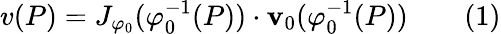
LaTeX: v(P)=J_{\varphi_{0}}(\varphi_{0}^{-1}(P))\cdot{\mathbf{v}}_{0}(\varphi_{0}^{-1}(P))\qquad(1)